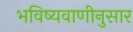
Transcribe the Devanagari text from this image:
भविष्यवाणीनुसार